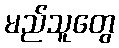
မည်သူတွေ